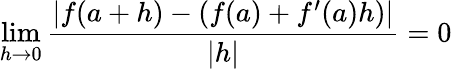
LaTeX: \operatorname*{lim}_{h\to 0}{\frac{|f(a+h)-(f(a)+f^{\prime}(a)h)|}{|h|}}=0